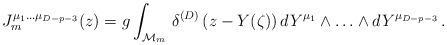
LaTeX: \begin{align*}J_m^{\mu_1\ldots\mu_{D-p-3}}(z) = g\int_{{\cal M}_m}\,\delta^{(D)}\left(z-Y(\zeta)\right) dY^{\mu_1} \wedge\ldots\wedge dY^{\mu_{D-p-3}} \,.\end{align*}